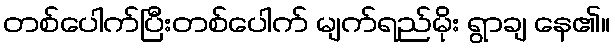
တစ်ပေါက်ပြီးတစ်ပေါက် မျက်ရည်မိုး ရွာချ နေ၏။